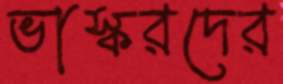
ভাস্করদের